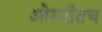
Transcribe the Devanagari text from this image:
ओसरीतच